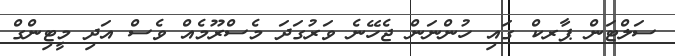
ސަލްޓަން ޕާރކް ގައި ހުންނަން ޖެހޭނެ ވަރުގަދަ މެސްރޫމެއް ވެސް އަދި މީޓިންގް